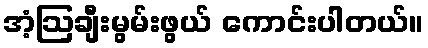
အံ့ဩချီးမွမ်းဖွယ် ကောင်းပါတယ်။